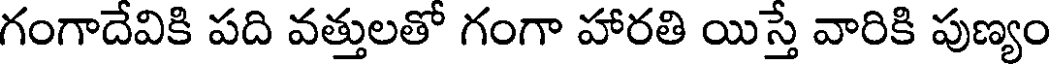
గంగాదేవికి పది వత్తులతో గంగా హారతి యిస్తే వారికి పుణ్యం